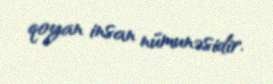
qoyan insan nümunəsidir.